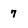
Character: 7